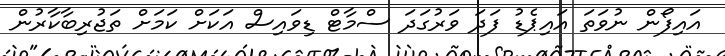
އައިފޯން ނުވަތަ އައިޕެޑު ފަދަ ވަރުގަދަ ސްމާޓް ޑިވައިސް އަކަށް ކަމަށް ތަޖުރިބާކާރުން